Civil Veterinary Dept. North-West Frontier Province 1933-46 - 1933-1946
Year: 1933
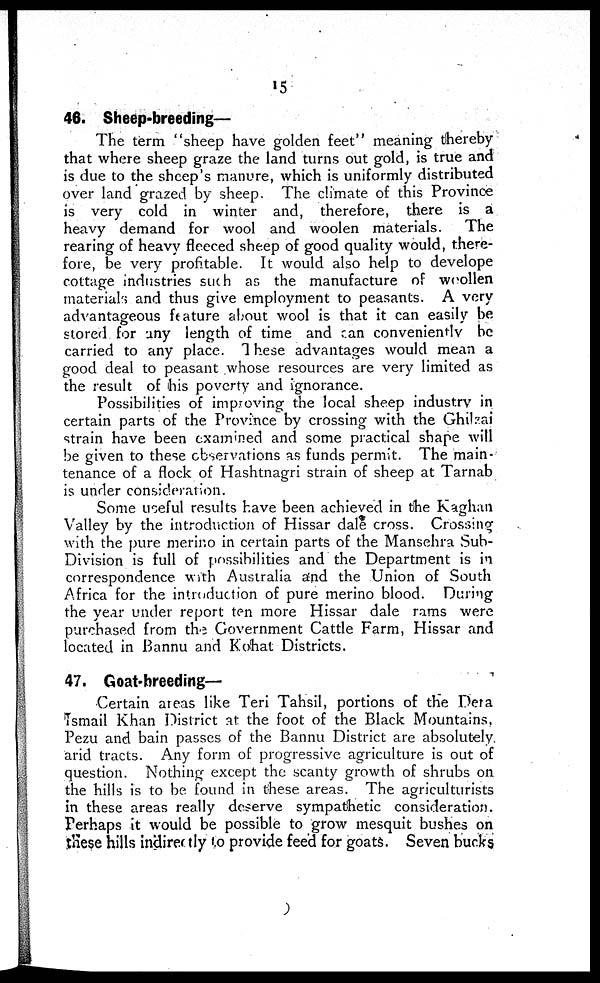
15
46. Sheep-breeding—
The term "sheep have golden feet" meaning thereby
that where sheep graze the land turns out gold, is true and
is due to the sheep's manure, which is uniformly distributed
over land grazed by sheep. The climate of this Province
is very cold in winter and, therefore, there is a
heavy demand for wool and woolen materials.
The
rearing of heavy fleeced sheep of good quality would, there-
fore, be very profitable. It would also help to develope
cottage industries such as the manufacture of woollen
materials and thus give employment to peasants. A very
advantageous feature about wool is that it can easily be
stored for any length of time and can conveniently be
carried to any place. These advantages would mean a
good deal to peasant whose resources are very limited as
the result of his poverty and ignorance.
Possibilities of improving the local sheep industry in
certain parts of the Province by crossing with the Ghilzai
strain have been examined and some practical shape will
be given to these observations as funds permit. The main-
tenance of a flock of Hashtnagri strain of sheep at Tarnab
is under consideration.
Some useful results have been achieved in the Kaghan
Valley by the introduction of Hissar dale cross. Crossing
with the pure merino in certain parts of the Mansehra Sub-
Division is full of possibilities and the Department is in
correspondence with Australia and the Union of South
Africa for the introduction of pure merino blood. During
the year under report ten more Hissar dale rams were
purchased from the Government Cattle Farm, Hissar and
located in Bannu and Kohat Districts.
47. Goat-breeding—
Certain areas like Teri Tahsil, portions of the Dera
Ismail Khan District at the foot of the Black Mountains
Pezu and bain passes of the Bannu District are absolutely
arid tracts. Any form of progressive agriculture is out of
question. Nothing except the scanty growth of shrubs on
the hills is to be found in these areas. The agriculturists
in these areas really deserve sympathetic consideration.
Perhaps it would be possible to grow mesquit bushes on
these hills indirectly to provide feed for goats. Seven bucks